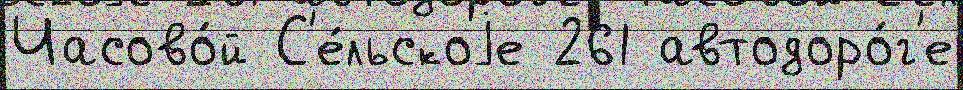
Часово́й С'е́льскоjе 261 автодоро́г'е